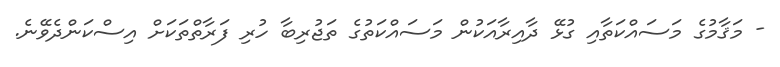
- މަޤާމުގެ މަސައްކަތާއި ގުޅޭ ދާއިރާއަކުން މަސައްކަތުގެ ތަޖުރިބާ ހުރި ފަރާތްތަކަށް އިސްކަންދެވޭނެ.